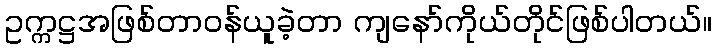
ဥက္ကဋ္ဌအဖြစ်တာဝန်ယူခဲ့တာ ကျနော်ကိုယ်တိုင်ဖြစ်ပါတယ်။